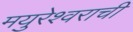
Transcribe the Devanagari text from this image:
मयुरेश्वराची